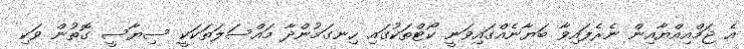
އެ ޖަމްއިއްޔާއިން ނެރެފައިވާ ބަޔާނެއްގައިވަނީ ކޯޓްތަކުގައި ހިނގަމުންދާ މައްސަލަތަކަކީ ސިޔާސީ ގޮތުން ވަކި